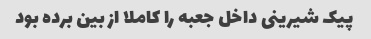
پیک شیرینی داخل جعبه را کاملا از بین برده بود